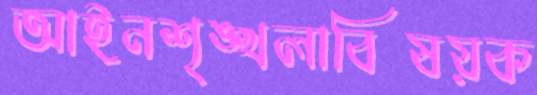
আইনশৃঙ্খলাবিষয়ক